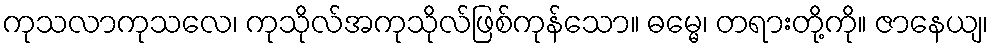
ကုသလာကုသလေ၊ ကုသိုလ်အကုသိုလ်ဖြစ်ကုန်သော။ ဓမ္မေ၊ တရားတို့ကို။ ဇာနေယျ၊